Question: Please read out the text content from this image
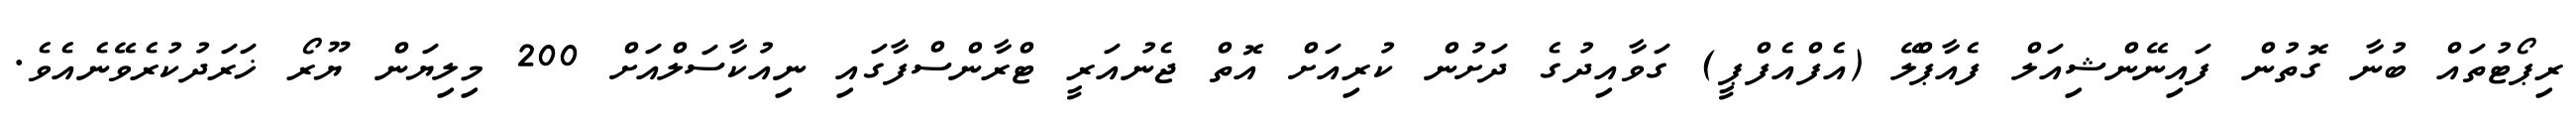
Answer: ރިޕޯޓުތައް ބުނާ ގޮތުން ފައިނޭންޝިއަލް ފެއާޕްލޭ (އެފްއެފްޕީ) ގަވާއިދުގެ ދަށުން ކުރިއަށް އޮތް ޖެނުއަރީ ޓްރާންސްފާގައި ނިއުކާސަލްއަށް 200 މިލިޔަން ޔޫރޯ ޚަރަދުކުރެވޭނެއެވެ.